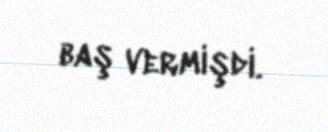
baş vermişdi.